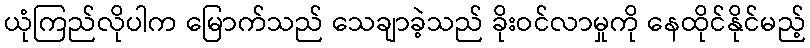
ယုံကြည်လိုပါက မြောက်သည် သေချာခဲ့သည် ခိုးဝင်လာမှုကို နေထိုင်နိုင်မည့်